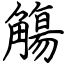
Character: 觴